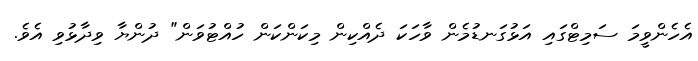
އެހެންވީމަ ސަމިޓްގައި އަޅުގަނޑުމެން ވާހަކަ ދެއްކިން މިކަންކަން ހުއްޓުވަން" ދުންޔާ ވިދާޅުވި އެވެ.